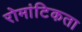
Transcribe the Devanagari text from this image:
रोमांटिकता